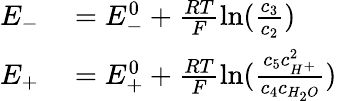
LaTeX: \begin{array}{rl}{E_{-}}&{{}=E_{-}^{0}+\frac{RT}{F}\ln(\frac{c_{3}}{c_{2}})}\\ {E_{+}}&{{}=E_{+}^{0}+\frac{RT}{F}\ln(\frac{c_{5}c_{H^{+}}^{2}}{c_{4}c_{H_{2}O}})}\end{array}